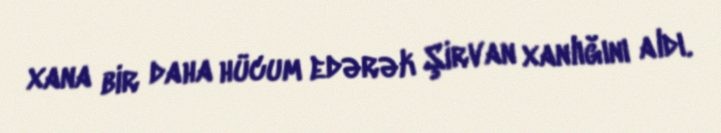
xana bir daha hücum edərək Şirvan xanlığını aldı.